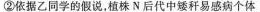
②依据乙同学的假说，植株N后代中矮秆易感病个体